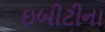
ઇબીટીના